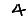
Digit: 4